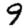
Digit: 9